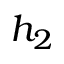
h _ { 2 }